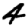
Digit: 4